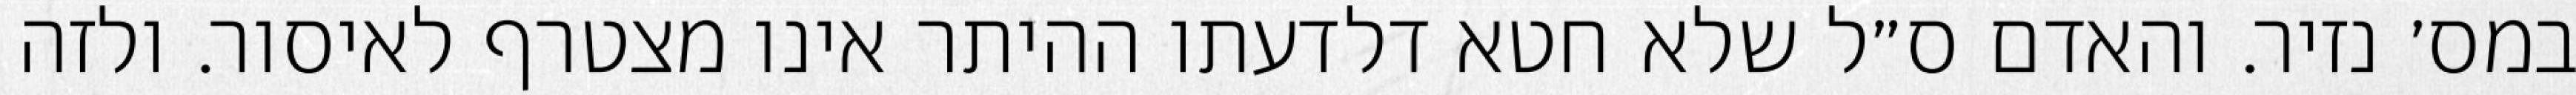
במס׳ נזיר. והאדם ס״ל שלא חטא דלדעתו ההיתר אינו מצטרף לאיסור. ולזה